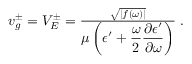
\begin{array} { r } { v _ { g } ^ { \pm } = V _ { E } ^ { \pm } = \frac { \sqrt { \left| f ( \omega ) \right| } } { \displaystyle \mu \left( \epsilon ^ { \prime } + \frac { \omega } { 2 } \frac { \partial \epsilon ^ { \prime } } { \partial \omega } \right) } \; . } \end{array}